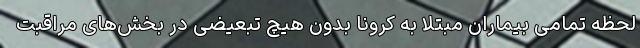
لحظه تمامی بیماران مبتلا به کرونا بدون هیچ تبعیضی در بخش‌های مراقبت